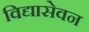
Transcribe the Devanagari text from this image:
विद्यासेवन